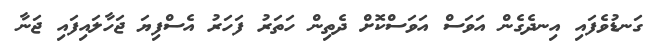
ގަނޑުވެފައި އިނދެގެން އަވަސް އަވަސްކޮށް ދެތިން ހަތަރު ފަހަރު އެސްފިޔަ ޖަހާލައިފައި ޖަނާ